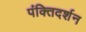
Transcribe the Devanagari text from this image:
पंक्तिदर्शन